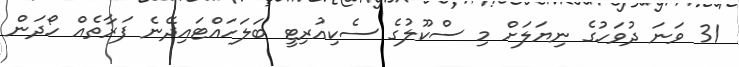
31 ވަނަ ދުވަހުގެ ނިޔަލަށް މި ސްކޫލުގެ ސެކިއުރިޓީ ބަލަހައްޓައިދޭނެ ފަރާތެއް ހޯދަން